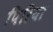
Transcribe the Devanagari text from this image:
पिरिया